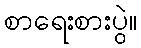
စာရေးစားပွဲ။